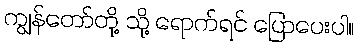
ကျွန်တော်တို့ သို့ ရောက်ရင် ပြောပေးပါ။